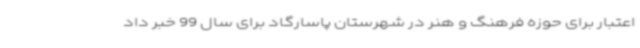
اعتبار برای حوزه فرهنگ و هنر در شهرستان پاسارگاد برای سال 99 خبر داد